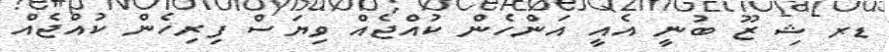
ޑރ ޝި ޒޫ ބުނީ އެއީ އަންހެން ކުއްޖެއް ވިޔަސް ފިރިހެން ކުއްޖެއް